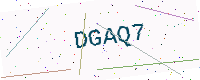
Text: DGAQ7